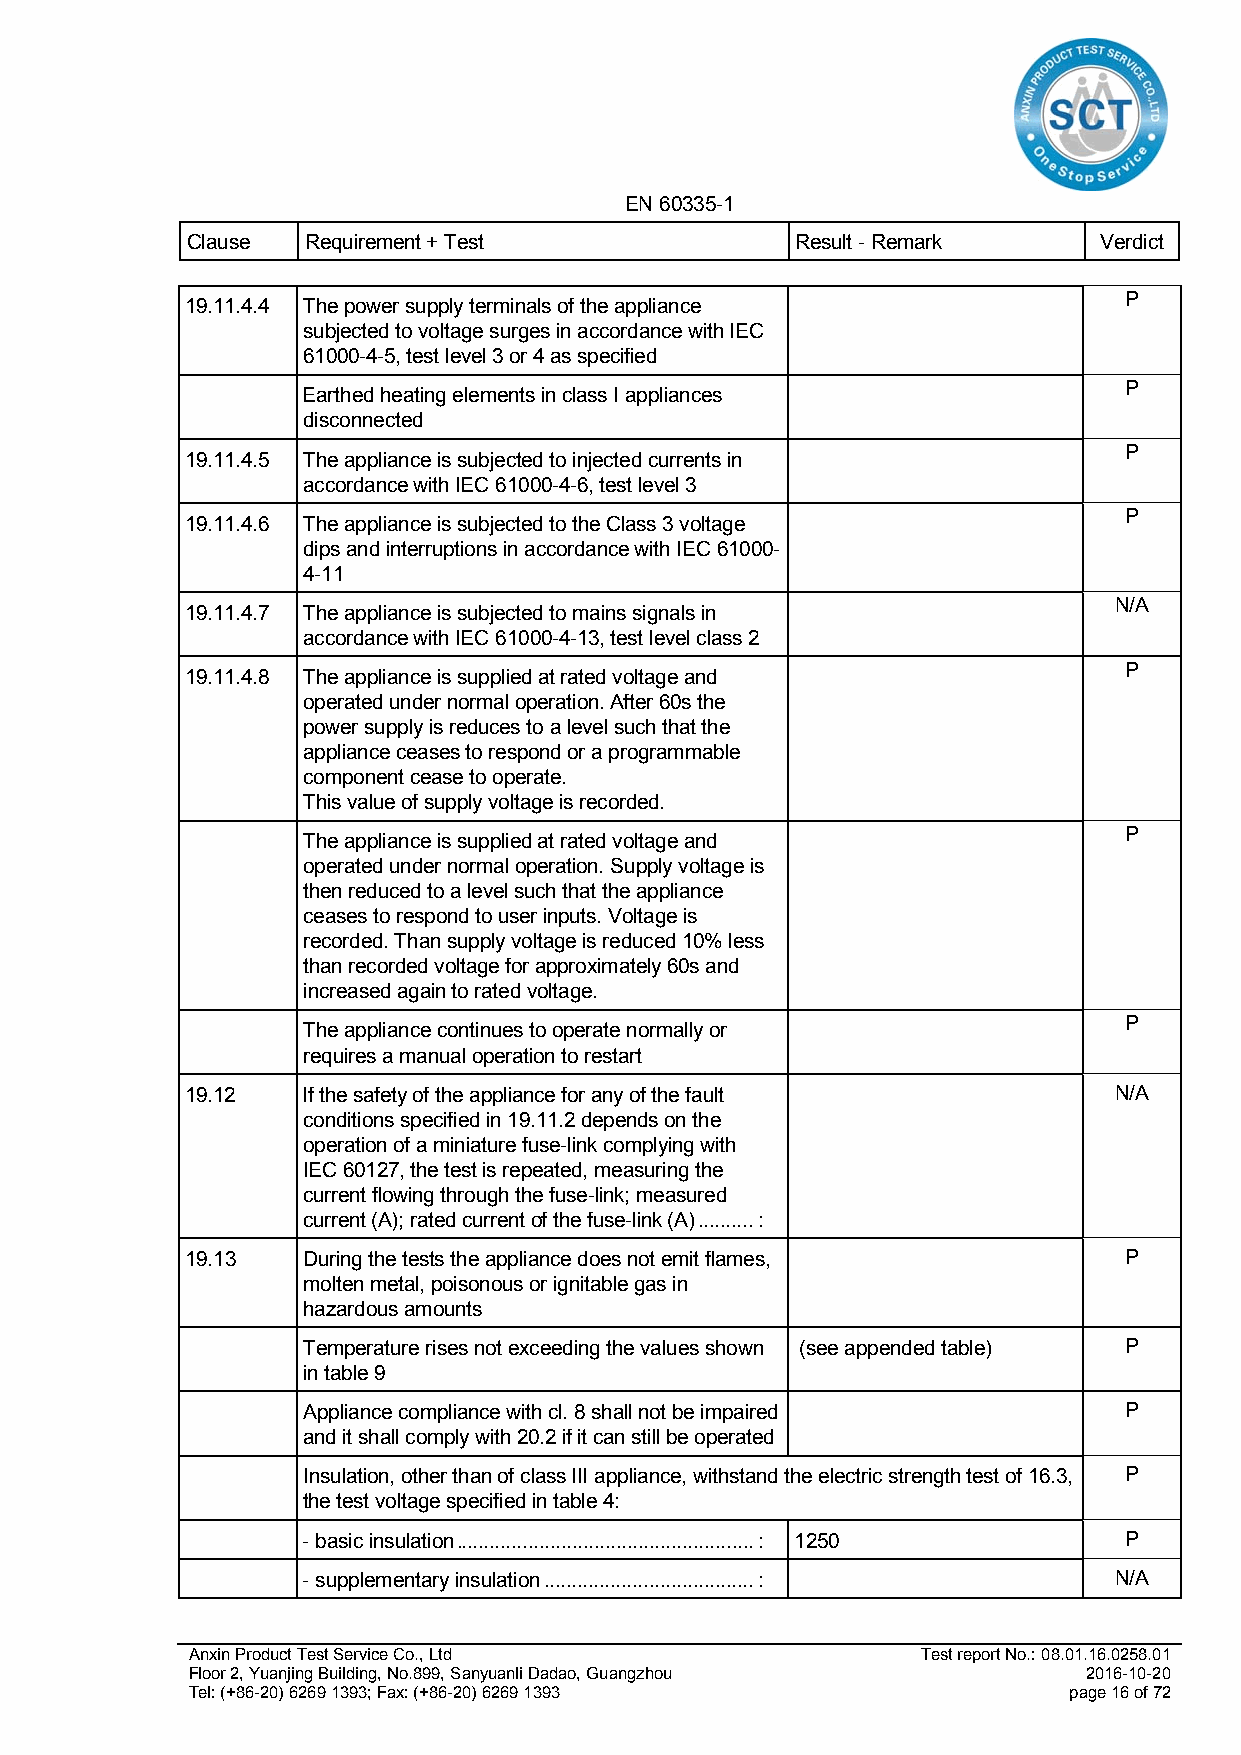
EN 60335-1
 Clause  Requirement + Test               Result - Remark     Verdict
 P
 19.11.4.4 The power supply terminals of the appliance
 subjected to voltage surges in accordance with IEC
 61000-4-5, test level 3 or 4 as specified
 P
 Earthed heating elements in class I appliances
 disconnected
 P
 19.11.4.5 The appliance is subjected to injected currents in
 accordance with IEC 61000-4-6, test level 3
 P
 19.11.4.6 The appliance is subjected to the Class 3 voltage
 dips and interruptions in accordance with IEC 61000-
 4-11
 N/A
 19.11.4.7 The appliance is subjected to mains signals in
 accordance with IEC 61000-4-13, test level class 2
 P
 19.11.4.8 The appliance is supplied at rated voltage and
 operated under normal operation. After 60s the
 power supply is reduces to a level such that the
 appliance ceases to respond or a programmable
 component cease to operate.
 This value of supply voltage is recorded.
 P
 The appliance is supplied at rated voltage and
 operated under normal operation. Supply voltage is
 then reduced to a level such that the appliance
 ceases to respond to user inputs. Voltage is
 recorded. Than supply voltage is reduced 10% less
 than recorded voltage for approximately 60s and
 increased again to rated voltage.
 P
 The appliance continues to operate normally or
 requires a manual operation to restart
 19.12   If the safety of the appliance for any of the fault   N/A
 conditions specified in 19.11.2 depends on the
 operation of a miniature fuse-link complying with
 IEC 60127, the test is repeated, measuring the
 current flowing through the fuse-link; measured
 current (A); rated current of the fuse-link (A) .......... :
 19.13   During the tests the appliance does not emit flames,  P
 molten metal, poisonous or ignitable gas in
 hazardous amounts
 Temperature rises not exceeding the values shown (see appended table) P
 in table 9
 Appliance compliance with cl. 8 shall not be impaired P
 and it shall comply with 20.2 if it can still be operated
 Insulation, other than of class III appliance, withstand the electric strength test of 16.3, P
 the test voltage specified in table 4:
 - basic insulation ...................................................... : 1250 P
 - supplementary insulation ...................................... : N/A
 Anxin Product Test Service Co., Ltd              Test report No.: 08.01.16.0258.01
 Floor 2, Yuanjing Building, No.899, Sanyuanli Dadao, Guangzhou 2016-10-20
 Tel: (+86-20) 6269 1393; Fax: (+86-20) 6269 1393           page 16 of 72